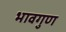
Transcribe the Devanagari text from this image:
भावगुण